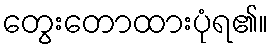
တွေးတောထားပုံရ၏။